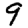
Digit: 9